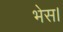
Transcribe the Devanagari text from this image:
भेस।